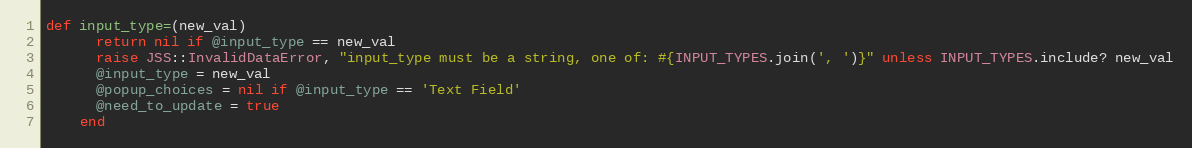
Language: Ruby
def input_type=(new_val)
      return nil if @input_type == new_val
      raise JSS::InvalidDataError, "input_type must be a string, one of: #{INPUT_TYPES.join(', ')}" unless INPUT_TYPES.include? new_val
      @input_type = new_val
      @popup_choices = nil if @input_type == 'Text Field'
      @need_to_update = true
    end